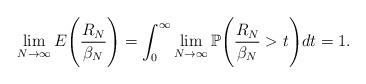
LaTeX: \begin{align*}\lim\limits_{N \rightarrow \infty} E\Bigg(\frac{R_{N}}{\beta_{N}}\Bigg) = \int_{0}^{\infty} \lim\limits_{N \rightarrow \infty} \mathbb{P}\Bigg(\frac{R_{N}}{\beta_{N}} > t \Bigg) dt = 1.\end{align*}